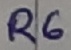
Text: R6